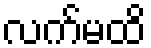
လက်မထိ